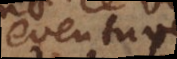
eventuve